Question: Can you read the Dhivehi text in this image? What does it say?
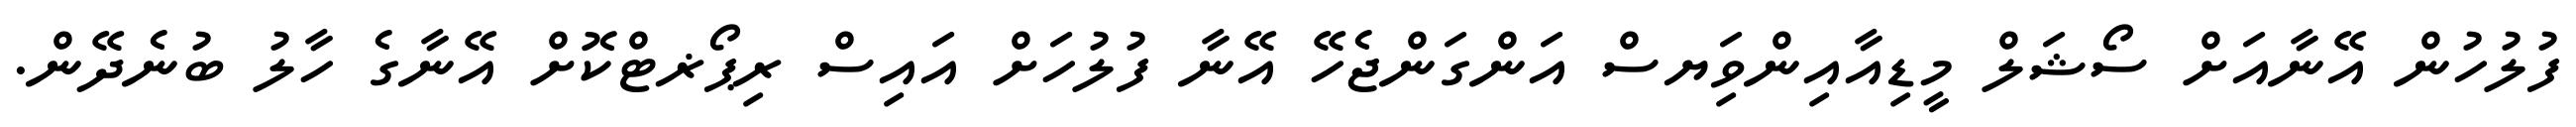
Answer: ފުލުހުން އޭނާއަށް ސޯޝަލް މީޑިއާއިންވިަޔސް އަންގަންޖެހޭ އޭނާ ފުލުހަށް އައިސް ރިޕޯޜޓްކޮށް އޭނާގެ ހާލު ބުނެދޭން.